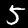
Digit: 5